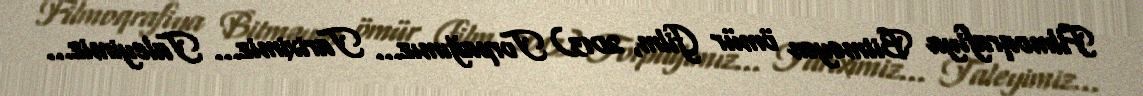
Filmoqrafiya Bitməyən ömür (film, 2013) Torpağımız... Tariximiz... Taleyimiz...